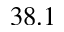
3 8 . 1